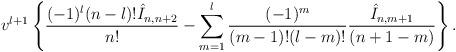
LaTeX: \begin{align*} v^{l+1}\left\{\frac{(-1)^l(n-l)!\hat{I}_{n,n+2}}{n!}-\sum_{m=1}^l\frac{(-1)^m}{(m-1)!(l-m)!}\frac{\hat{I}_{n,m+1}}{(n+1-m)}\right\}.\end{align*}